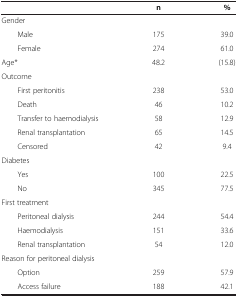
|  | n | % |
 | --- | --- | --- |
 | Gender |  |  |
 | Male | 175 | 39.0 |
 | Female | 274 | 61.0 |
 | Age* | 48.2 | (15.8) |
 | Outcome |  |  |
 | First peritonitis | 238 | 53.0 |
 | Death | 46 | 10.2 |
 | Transfer to haemodialysis | 58 | 12.9 |
 | Renal transplantation | 65 | 14.5 |
 | Censored | 42 | 9.4 |
 | Diabetes |  |  |
 | Yes | 100 | 22.5 |
 | No | 345 | 77.5 |
 | First treatment |  |  |
 | Peritoneal dialysis | 244 | 54.4 |
 | Haemodialysis | 151 | 33.6 |
 | Renal transplantation | 54 | 12.0 |
 | Reason for peritoneal dialysis |  |  |
 | Option | 259 | 57.9 |
 | Access failure | 188 | 42.1 |